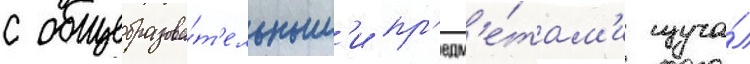
с общеобразова́т'ельным'и пр'едм'е́там'и изуча́л